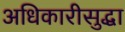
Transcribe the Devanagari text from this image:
अधिकारीसुद्धा